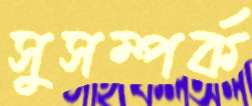
সুসম্পর্ক